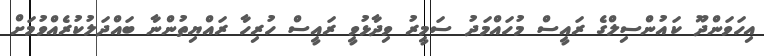
އިހަވަންދޫ ކައުންސިލްގެ ރައީސް މުހައްމަދު ސަމީރު ވިދާޅުވީ ރައީސް ހުރިހާ ރައްޔިތުންނާ ބައްދަލުކުރެއްވުމަށް